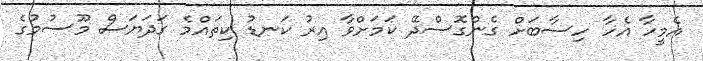
އެމީހާ އެހާ ހިސާބަށް ގެންގޮސްދޭ ކަމަށްވާ އިރު ކަނޑު ކިތައްމެ ގަދަޔަސް މޫސުމުގެ